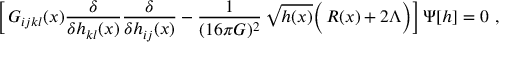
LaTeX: \biggl [ \, G _ { i j k l } ( x ) \frac { \delta } { \delta h _ { k l } ( x ) } \frac { \delta } { \delta h _ { i j } ( x ) } - \frac { 1 } { ( 1 6 \pi G ) ^ { 2 } } \, \sqrt { h ( x ) } \Bigl ( \! ~ R ( x ) + 2 \Lambda \Bigr ) \biggr ] \, \Psi [ h ] = 0 \ ,